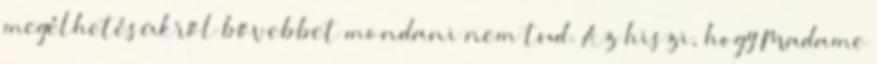
megélhetésükről bővebbet mondani nem tud. Az hiszi, hogy Madame